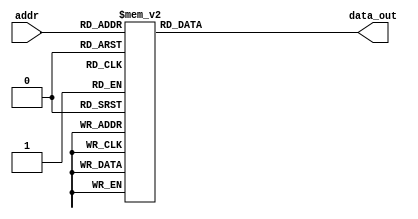
`timescale 1ns/1ps
// lut for b[16:23]
module lut2(
	input [7 : 0] addr,
	output reg [31 : 0] data_out
);

parameter [31 : 0] b0 = 32'b00000000000000000000000101110101;
parameter [31 : 0] b1 = 32'b00000000000000000000000000000000;
parameter [31 : 0] b2 = 32'b00000000000000000000000000000000;
parameter [31 : 0] b3 = 32'b00000000000000000000000000000000;
parameter [31 : 0] b4 = 32'b11111111111111111111111111111111;
parameter [31 : 0] b5 = 32'b11111111111111111111111111111110;
parameter [31 : 0] b6 = 32'b00000000000000000000000000000011;
parameter [31 : 0] b7 = 32'b00000000000000000000000000000101;

always @(addr) begin
        
	case (addr)

		8'b00000000: data_out <= 32'd0;
		8'b00000001: data_out <= b0;
		8'b00000010: data_out <= b1;
		8'b00000011: data_out <= b1 + b0;
		8'b00000100: data_out <= b2;
		8'b00000101: data_out <= b2 + b0;
		8'b00000110: data_out <= b2 + b1;
		8'b00000111: data_out <= b2 + b1 + b0;
		8'b00001000: data_out <= b3;
		8'b00001001: data_out <= b3 + b0;
		8'b00001010: data_out <= b3 + b1;
		8'b00001011: data_out <= b3 + b1 + b0;
		8'b00001100: data_out <= b3 + b2;
		8'b00001101: data_out <= b3 + b2 + b0;
		8'b00001110: data_out <= b3 + b2 + b1;
		8'b00001111: data_out <= b3 + b2 + b1 + b0;
		8'b00010000: data_out <= b4;
		8'b00010001: data_out <= b4 + b0;
		8'b00010010: data_out <= b4 + b1;
		8'b00010011: data_out <= b4 + b1 + b0;
		8'b00010100: data_out <= b4 + b2;
		8'b00010101: data_out <= b4 + b2 + b0;
		8'b00010110: data_out <= b4 + b2 + b1;
		8'b00010111: data_out <= b4 + b2 + b1 + b0;
		8'b00011000: data_out <= b4 + b3;
		8'b00011001: data_out <= b4 + b3 + b0;
		8'b00011010: data_out <= b4 + b3 + b1;
		8'b00011011: data_out <= b4 + b3 + b1 + b0;
		8'b00011100: data_out <= b4 + b3 + b2;
		8'b00011101: data_out <= b4 + b3 + b2 + b0;
		8'b00011110: data_out <= b4 + b3 + b2 + b1;
		8'b00011111: data_out <= b4 + b3 + b2 + b1 + b0;
		8'b00100000: data_out <= b5;
		8'b00100001: data_out <= b5 + b0;
		8'b00100010: data_out <= b5 + b1;
		8'b00100011: data_out <= b5 + b1 + b0;
		8'b00100100: data_out <= b5 + b2;
		8'b00100101: data_out <= b5 + b2 + b0;
		8'b00100110: data_out <= b5 + b2 + b1;
		8'b00100111: data_out <= b5 + b2 + b1 + b0;
		8'b00101000: data_out <= b5 + b3;
		8'b00101001: data_out <= b5 + b3 + b0;
		8'b00101010: data_out <= b5 + b3 + b1;
		8'b00101011: data_out <= b5 + b3 + b1 + b0;
		8'b00101100: data_out <= b5 + b3 + b2;
		8'b00101101: data_out <= b5 + b3 + b2 + b0;
		8'b00101110: data_out <= b5 + b3 + b2 + b1;
		8'b00101111: data_out <= b5 + b3 + b2 + b1 + b0;
		8'b00110000: data_out <= b5 + b4;
		8'b00110001: data_out <= b5 + b4 + b0;
		8'b00110010: data_out <= b5 + b4 + b1;
		8'b00110011: data_out <= b5 + b4 + b1 + b0;
		8'b00110100: data_out <= b5 + b4 + b2;
		8'b00110101: data_out <= b5 + b4 + b2 + b0;
		8'b00110110: data_out <= b5 + b4 + b2 + b1;
		8'b00110111: data_out <= b5 + b4 + b2 + b1 + b0;
		8'b00111000: data_out <= b5 + b4 + b3;
		8'b00111001: data_out <= b5 + b4 + b3 + b0;
		8'b00111010: data_out <= b5 + b4 + b3 + b1;
		8'b00111011: data_out <= b5 + b4 + b3 + b1 + b0;
		8'b00111100: data_out <= b5 + b4 + b3 + b2;
		8'b00111101: data_out <= b5 + b4 + b3 + b2 + b0;
		8'b00111110: data_out <= b5 + b4 + b3 + b2 + b1;
		8'b00111111: data_out <= b5 + b4 + b3 + b2 + b1 + b0;
		8'b01000000: data_out <= b6;
		8'b01000001: data_out <= b6 + b0;
		8'b01000010: data_out <= b6 + b1;
		8'b01000011: data_out <= b6 + b1 + b0;
		8'b01000100: data_out <= b6 + b2;
		8'b01000101: data_out <= b6 + b2 + b0;
		8'b01000110: data_out <= b6 + b2 + b1;
		8'b01000111: data_out <= b6 + b2 + b1 + b0;
		8'b01001000: data_out <= b6 + b3;
		8'b01001001: data_out <= b6 + b3 + b0;
		8'b01001010: data_out <= b6 + b3 + b1;
		8'b01001011: data_out <= b6 + b3 + b1 + b0;
		8'b01001100: data_out <= b6 + b3 + b2;
		8'b01001101: data_out <= b6 + b3 + b2 + b0;
		8'b01001110: data_out <= b6 + b3 + b2 + b1;
		8'b01001111: data_out <= b6 + b3 + b2 + b1 + b0;
		8'b01010000: data_out <= b6 + b4;
		8'b01010001: data_out <= b6 + b4 + b0;
		8'b01010010: data_out <= b6 + b4 + b1;
		8'b01010011: data_out <= b6 + b4 + b1 + b0;
		8'b01010100: data_out <= b6 + b4 + b2;
		8'b01010101: data_out <= b6 + b4 + b2 + b0;
		8'b01010110: data_out <= b6 + b4 + b2 + b1;
		8'b01010111: data_out <= b6 + b4 + b2 + b1 + b0;
		8'b01011000: data_out <= b6 + b4 + b3;
		8'b01011001: data_out <= b6 + b4 + b3 + b0;
		8'b01011010: data_out <= b6 + b4 + b3 + b1;
		8'b01011011: data_out <= b6 + b4 + b3 + b1 + b0;
		8'b01011100: data_out <= b6 + b4 + b3 + b2;
		8'b01011101: data_out <= b6 + b4 + b3 + b2 + b0;
		8'b01011110: data_out <= b6 + b4 + b3 + b2 + b1;
		8'b01011111: data_out <= b6 + b4 + b3 + b2 + b1 + b0;
		8'b01100000: data_out <= b6 + b5;
		8'b01100001: data_out <= b6 + b5 + b0;
		8'b01100010: data_out <= b6 + b5 + b1;
		8'b01100011: data_out <= b6 + b5 + b1 + b0;
		8'b01100100: data_out <= b6 + b5 + b2;
		8'b01100101: data_out <= b6 + b5 + b2 + b0;
		8'b01100110: data_out <= b6 + b5 + b2 + b1;
		8'b01100111: data_out <= b6 + b5 + b2 + b1 + b0;
		8'b01101000: data_out <= b6 + b5 + b3;
		8'b01101001: data_out <= b6 + b5 + b3 + b0;
		8'b01101010: data_out <= b6 + b5 + b3 + b1;
		8'b01101011: data_out <= b6 + b5 + b3 + b1 + b0;
		8'b01101100: data_out <= b6 + b5 + b3 + b2;
		8'b01101101: data_out <= b6 + b5 + b3 + b2 + b0;
		8'b01101110: data_out <= b6 + b5 + b3 + b2 + b1;
		8'b01101111: data_out <= b6 + b5 + b3 + b2 + b1 + b0;
		8'b01110000: data_out <= b6 + b5 + b4;
		8'b01110001: data_out <= b6 + b5 + b4 + b0;
		8'b01110010: data_out <= b6 + b5 + b4 + b1;
		8'b01110011: data_out <= b6 + b5 + b4 + b1 + b0;
		8'b01110100: data_out <= b6 + b5 + b4 + b2;
		8'b01110101: data_out <= b6 + b5 + b4 + b2 + b0;
		8'b01110110: data_out <= b6 + b5 + b4 + b2 + b1;
		8'b01110111: data_out <= b6 + b5 + b4 + b2 + b1 + b0;
		8'b01111000: data_out <= b6 + b5 + b4 + b3;
		8'b01111001: data_out <= b6 + b5 + b4 + b3 + b0;
		8'b01111010: data_out <= b6 + b5 + b4 + b3 + b1;
		8'b01111011: data_out <= b6 + b5 + b4 + b3 + b1 + b0;
		8'b01111100: data_out <= b6 + b5 + b4 + b3 + b2;
		8'b01111101: data_out <= b6 + b5 + b4 + b3 + b2 + b0;
		8'b01111110: data_out <= b6 + b5 + b4 + b3 + b2 + b1;
		8'b01111111: data_out <= b6 + b5 + b4 + b3 + b2 + b1 + b0;
		8'b10000000: data_out <= b7;
		8'b10000001: data_out <= b7 + b0;
		8'b10000010: data_out <= b7 + b1;
		8'b10000011: data_out <= b7 + b1 + b0;
		8'b10000100: data_out <= b7 + b2;
		8'b10000101: data_out <= b7 + b2 + b0;
		8'b10000110: data_out <= b7 + b2 + b1;
		8'b10000111: data_out <= b7 + b2 + b1 + b0;
		8'b10001000: data_out <= b7 + b3;
		8'b10001001: data_out <= b7 + b3 + b0;
		8'b10001010: data_out <= b7 + b3 + b1;
		8'b10001011: data_out <= b7 + b3 + b1 + b0;
		8'b10001100: data_out <= b7 + b3 + b2;
		8'b10001101: data_out <= b7 + b3 + b2 + b0;
		8'b10001110: data_out <= b7 + b3 + b2 + b1;
		8'b10001111: data_out <= b7 + b3 + b2 + b1 + b0;
		8'b10010000: data_out <= b7 + b4;
		8'b10010001: data_out <= b7 + b4 + b0;
		8'b10010010: data_out <= b7 + b4 + b1;
		8'b10010011: data_out <= b7 + b4 + b1 + b0;
		8'b10010100: data_out <= b7 + b4 + b2;
		8'b10010101: data_out <= b7 + b4 + b2 + b0;
		8'b10010110: data_out <= b7 + b4 + b2 + b1;
		8'b10010111: data_out <= b7 + b4 + b2 + b1 + b0;
		8'b10011000: data_out <= b7 + b4 + b3;
		8'b10011001: data_out <= b7 + b4 + b3 + b0;
		8'b10011010: data_out <= b7 + b4 + b3 + b1;
		8'b10011011: data_out <= b7 + b4 + b3 + b1 + b0;
		8'b10011100: data_out <= b7 + b4 + b3 + b2;
		8'b10011101: data_out <= b7 + b4 + b3 + b2 + b0;
		8'b10011110: data_out <= b7 + b4 + b3 + b2 + b1;
		8'b10011111: data_out <= b7 + b4 + b3 + b2 + b1 + b0;
		8'b10100000: data_out <= b7 + b5;
		8'b10100001: data_out <= b7 + b5 + b0;
		8'b10100010: data_out <= b7 + b5 + b1;
		8'b10100011: data_out <= b7 + b5 + b1 + b0;
		8'b10100100: data_out <= b7 + b5 + b2;
		8'b10100101: data_out <= b7 + b5 + b2 + b0;
		8'b10100110: data_out <= b7 + b5 + b2 + b1;
		8'b10100111: data_out <= b7 + b5 + b2 + b1 + b0;
		8'b10101000: data_out <= b7 + b5 + b3;
		8'b10101001: data_out <= b7 + b5 + b3 + b0;
		8'b10101010: data_out <= b7 + b5 + b3 + b1;
		8'b10101011: data_out <= b7 + b5 + b3 + b1 + b0;
		8'b10101100: data_out <= b7 + b5 + b3 + b2;
		8'b10101101: data_out <= b7 + b5 + b3 + b2 + b0;
		8'b10101110: data_out <= b7 + b5 + b3 + b2 + b1;
		8'b10101111: data_out <= b7 + b5 + b3 + b2 + b1 + b0;
		8'b10110000: data_out <= b7 + b5 + b4;
		8'b10110001: data_out <= b7 + b5 + b4 + b0;
		8'b10110010: data_out <= b7 + b5 + b4 + b1;
		8'b10110011: data_out <= b7 + b5 + b4 + b1 + b0;
		8'b10110100: data_out <= b7 + b5 + b4 + b2;
		8'b10110101: data_out <= b7 + b5 + b4 + b2 + b0;
		8'b10110110: data_out <= b7 + b5 + b4 + b2 + b1;
		8'b10110111: data_out <= b7 + b5 + b4 + b2 + b1 + b0;
		8'b10111000: data_out <= b7 + b5 + b4 + b3;
		8'b10111001: data_out <= b7 + b5 + b4 + b3 + b0;
		8'b10111010: data_out <= b7 + b5 + b4 + b3 + b1;
		8'b10111011: data_out <= b7 + b5 + b4 + b3 + b1 + b0;
		8'b10111100: data_out <= b7 + b5 + b4 + b3 + b2;
		8'b10111101: data_out <= b7 + b5 + b4 + b3 + b2 + b0;
		8'b10111110: data_out <= b7 + b5 + b4 + b3 + b2 + b1;
		8'b10111111: data_out <= b7 + b5 + b4 + b3 + b2 + b1 + b0;
		8'b11000000: data_out <= b7 + b6;
		8'b11000001: data_out <= b7 + b6 + b0;
		8'b11000010: data_out <= b7 + b6 + b1;
		8'b11000011: data_out <= b7 + b6 + b1 + b0;
		8'b11000100: data_out <= b7 + b6 + b2;
		8'b11000101: data_out <= b7 + b6 + b2 + b0;
		8'b11000110: data_out <= b7 + b6 + b2 + b1;
		8'b11000111: data_out <= b7 + b6 + b2 + b1 + b0;
		8'b11001000: data_out <= b7 + b6 + b3;
		8'b11001001: data_out <= b7 + b6 + b3 + b0;
		8'b11001010: data_out <= b7 + b6 + b3 + b1;
		8'b11001011: data_out <= b7 + b6 + b3 + b1 + b0;
		8'b11001100: data_out <= b7 + b6 + b3 + b2;
		8'b11001101: data_out <= b7 + b6 + b3 + b2 + b0;
		8'b11001110: data_out <= b7 + b6 + b3 + b2 + b1;
		8'b11001111: data_out <= b7 + b6 + b3 + b2 + b1 + b0;
		8'b11010000: data_out <= b7 + b6 + b4;
		8'b11010001: data_out <= b7 + b6 + b4 + b0;
		8'b11010010: data_out <= b7 + b6 + b4 + b1;
		8'b11010011: data_out <= b7 + b6 + b4 + b1 + b0;
		8'b11010100: data_out <= b7 + b6 + b4 + b2;
		8'b11010101: data_out <= b7 + b6 + b4 + b2 + b0;
		8'b11010110: data_out <= b7 + b6 + b4 + b2 + b1;
		8'b11010111: data_out <= b7 + b6 + b4 + b2 + b1 + b0;
		8'b11011000: data_out <= b7 + b6 + b4 + b3;
		8'b11011001: data_out <= b7 + b6 + b4 + b3 + b0;
		8'b11011010: data_out <= b7 + b6 + b4 + b3 + b1;
		8'b11011011: data_out <= b7 + b6 + b4 + b3 + b1 + b0;
		8'b11011100: data_out <= b7 + b6 + b4 + b3 + b2;
		8'b11011101: data_out <= b7 + b6 + b4 + b3 + b2 + b0;
		8'b11011110: data_out <= b7 + b6 + b4 + b3 + b2 + b1;
		8'b11011111: data_out <= b7 + b6 + b4 + b3 + b2 + b1 + b0;
		8'b11100000: data_out <= b7 + b6 + b5;
		8'b11100001: data_out <= b7 + b6 + b5 + b0;
		8'b11100010: data_out <= b7 + b6 + b5 + b1;
		8'b11100011: data_out <= b7 + b6 + b5 + b1 + b0;
		8'b11100100: data_out <= b7 + b6 + b5 + b2;
		8'b11100101: data_out <= b7 + b6 + b5 + b2 + b0;
		8'b11100110: data_out <= b7 + b6 + b5 + b2 + b1;
		8'b11100111: data_out <= b7 + b6 + b5 + b2 + b1 + b0;
		8'b11101000: data_out <= b7 + b6 + b5 + b3;
		8'b11101001: data_out <= b7 + b6 + b5 + b3 + b0;
		8'b11101010: data_out <= b7 + b6 + b5 + b3 + b1;
		8'b11101011: data_out <= b7 + b6 + b5 + b3 + b1 + b0;
		8'b11101100: data_out <= b7 + b6 + b5 + b3 + b2;
		8'b11101101: data_out <= b7 + b6 + b5 + b3 + b2 + b0;
		8'b11101110: data_out <= b7 + b6 + b5 + b3 + b2 + b1;
		8'b11101111: data_out <= b7 + b6 + b5 + b3 + b2 + b1 + b0;
		8'b11110000: data_out <= b7 + b6 + b5 + b4;
		8'b11110001: data_out <= b7 + b6 + b5 + b4 + b0;
		8'b11110010: data_out <= b7 + b6 + b5 + b4 + b1;
		8'b11110011: data_out <= b7 + b6 + b5 + b4 + b1 + b0;
		8'b11110100: data_out <= b7 + b6 + b5 + b4 + b2;
		8'b11110101: data_out <= b7 + b6 + b5 + b4 + b2 + b0;
		8'b11110110: data_out <= b7 + b6 + b5 + b4 + b2 + b1;
		8'b11110111: data_out <= b7 + b6 + b5 + b4 + b2 + b1 + b0;
		8'b11111000: data_out <= b7 + b6 + b5 + b4 + b3;
		8'b11111001: data_out <= b7 + b6 + b5 + b4 + b3 + b0;
		8'b11111010: data_out <= b7 + b6 + b5 + b4 + b3 + b1;
		8'b11111011: data_out <= b7 + b6 + b5 + b4 + b3 + b1 + b0;
		8'b11111100: data_out <= b7 + b6 + b5 + b4 + b3 + b2;
		8'b11111101: data_out <= b7 + b6 + b5 + b4 + b3 + b2 + b0;
		8'b11111110: data_out <= b7 + b6 + b5 + b4 + b3 + b2 + b1;
		8'b11111111: data_out <= b7 + b6 + b5 + b4 + b3 + b2 + b1 + b0;
		default: data_out <= 32'd0;
	endcase
end

endmodule